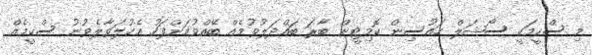
މި ސްކީމަކީ ސޯޝަލް ހައުސިން ކޮމިޓީން ބާރަ ބައްދަލުވުމެއް ބޭއްވުމަށްފަހު އެކުލަވާލެވުނު ސްކީމެއް